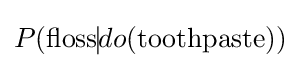
P({\text{floss}}\vline do({\text{toothpaste}}))